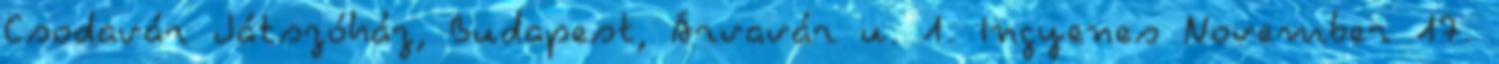
Csodavár Játszóház, Budapest, Árvavár u. 1. Ingyenes November 17.